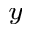
_ y